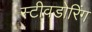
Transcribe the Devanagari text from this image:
स्टीवडोरिंग